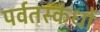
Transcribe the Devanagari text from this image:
पर्वतस्कंधों